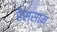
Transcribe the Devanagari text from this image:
हैस्साम